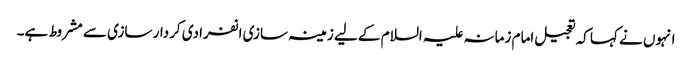
انہوں نے کہا کہ تعجیل امام زمانہ علیہ السلام کے لیے زمینہ سازی انفرادی کردار سازی سے مشروط ہے۔